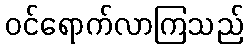
ဝင်ရောက်လာကြသည်